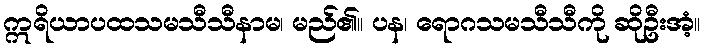
ဣရိယာပထသမသီသီနာမ၊ မည်၏။ ပန၊ ရောဂသမသီသီကို ဆိုဦးအံ့။